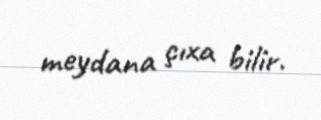
meydana çıxa bilir.